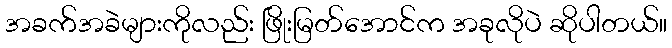
အခက်အခဲများကိုလည်း ဖြိုးမြတ်အောင်က အခုလိုပဲ ဆိုပါတယ်။